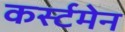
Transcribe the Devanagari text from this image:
कर्स्टमेन